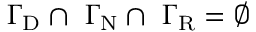
{ \Gamma } _ { \mathrm { D } } \cap \ { \Gamma } _ { \mathrm { N } } \cap \ { \Gamma } _ { \mathrm { R } } = \varnothing